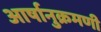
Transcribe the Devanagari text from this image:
आर्षानुक्रमणी